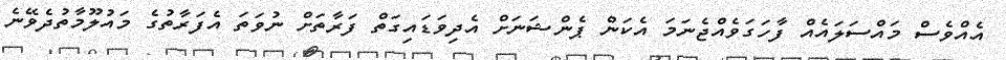
އެއްވެސް މައްސަލައެއް ފާހަގަވެއްޖެނަމަ އެކަން ޕެންޝަނަށް އެދިވަޑައިގަތް ފަރާތަށް ނުވަތަ އެފަރާތުގެ މައުލޫމާތުދެވޭނެ